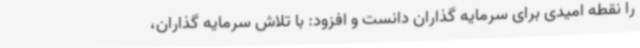
را نقطه امیدی برای سرمایه گذاران دانست و افزود: با تلاش سرمایه گذاران،